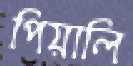
পিয়ালি